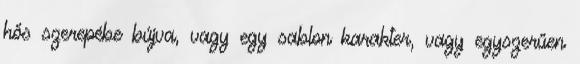
hős szerepébe bújva, vagy egy sablon karakter, vagy egyszerűen